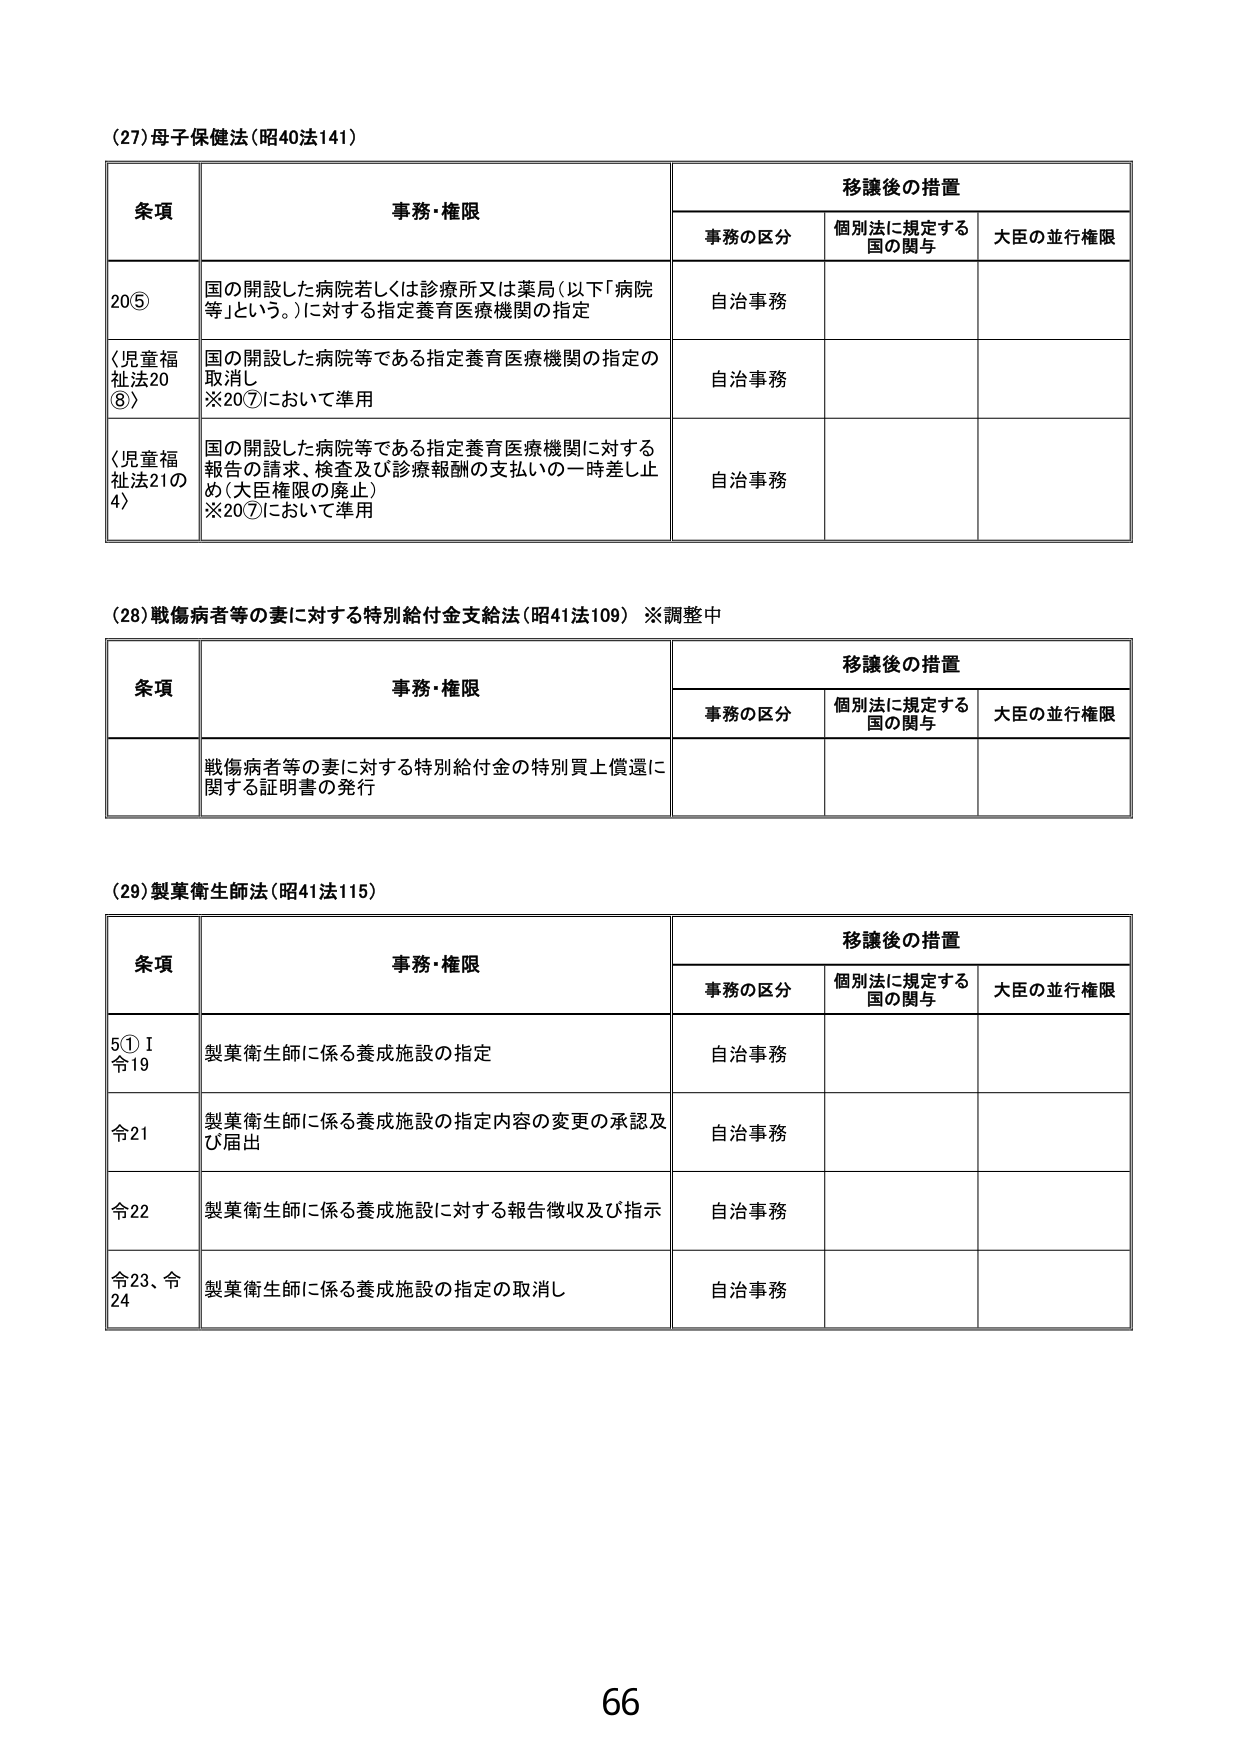
(27) 母子保健法（昭40法141）

条項 事務・権限 移譲後の措置
　　事務の区分 個別法に規定する国の関与 大臣の並行権限
20⑤ 国の開設した病院若しくは診療所又は薬局（以下「病院等」という。）に対する指定養育医療機関の指定 自治事務
（児童福祉法20⑧） 国の開設した病院等である指定養育医療機関の指定の取消し ※20⑦において準用 自治事務
（児童福祉法21の4） 国の開設した病院等である指定養育医療機関に対する報告の請求、検査及び診療報酬の支払いの一時差し止め（大臣権限の廃止） ※20⑦において準用 自治事務

(28) 戦傷病者等の妻に対する特別給付金支給法（昭41法109） ※調整中

条項 事務・権限 移譲後の措置
　　事務の区分 個別法に規定する国の関与 大臣の並行権限
　　戦傷病者等の妻に対する特別給付金の特別買上償還に関する証明書の発行

(29) 製薬衛生師法（昭41法115）

条項 事務・権限 移譲後の措置
　　事務の区分 個別法に規定する国の関与 大臣の並行権限
5① 令19 製薬衛生師に係る養成施設の指定 自治事務
令21 製薬衛生師に係る養成施設の指定内容の変更の承認及び届出 自治事務
令22 製薬衛生師に係る養成施設に対する報告徴収及び指示 自治事務
令23、令24 製薬衛生師に係る養成施設の指定の取消し 自治事務

66